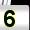
Digit: 5